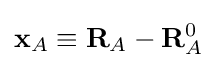
\mathbf {x} _{A}\equiv \mathbf {R} _{A}-\mathbf {R} _{A}^{0}